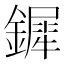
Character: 𨬯